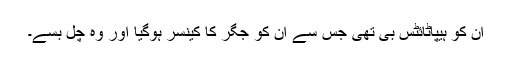
ان کو ہیپاٹائٹس بی تھی جس سے ان کو جگر کا کینسر ہوگیا اور وہ چل بسے۔